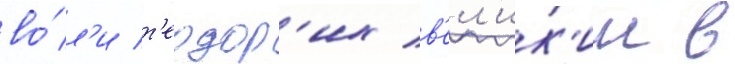
во́л'и т'еодор'их в'ел'ик'ии в